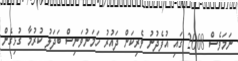
ނަމަވެސް 2008 ގައި އުފެދުނު ވެރިކަން ދައުރު ހަމަނުވަނިސް ބަދަލު ކުރުމާ ގުޅިގެން